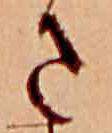
さ